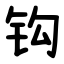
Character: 钩